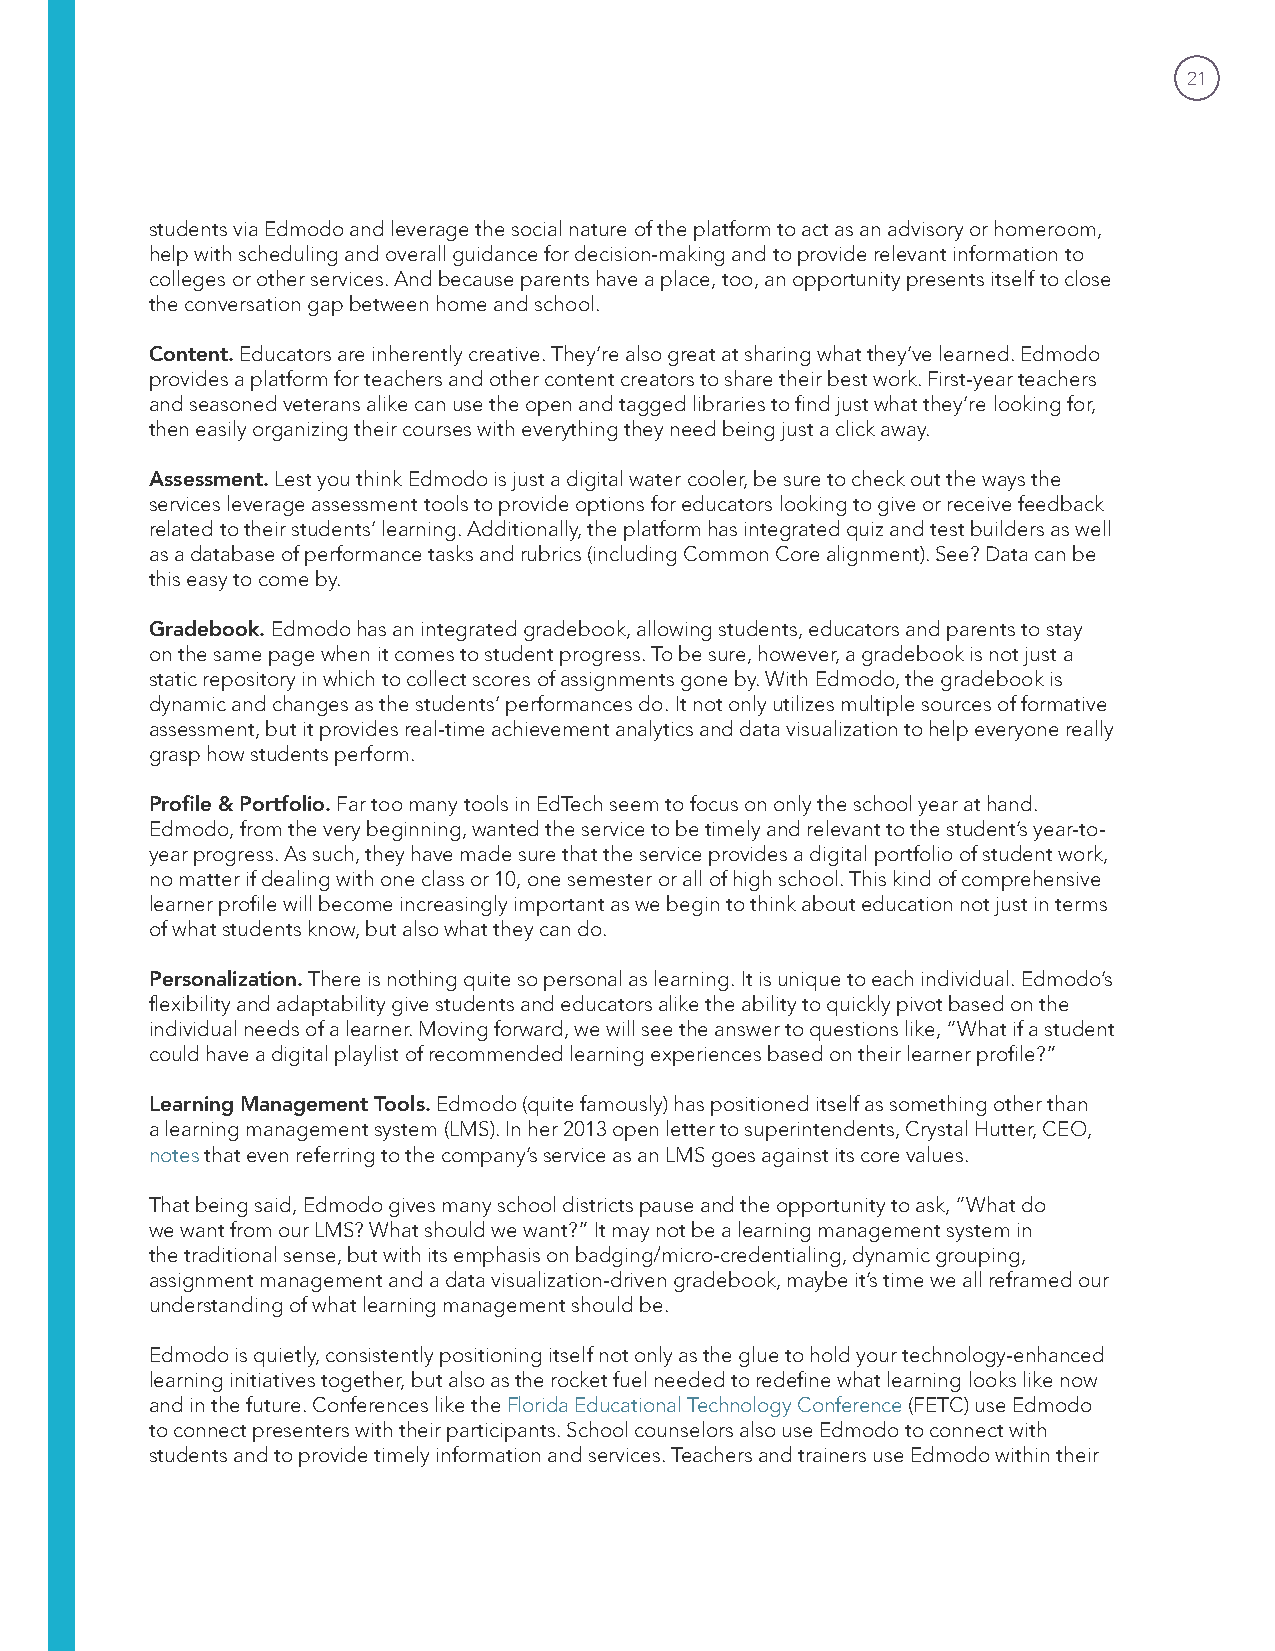
21
 students via Edmodo and leverage the social nature of the platform to act as an advisory or homeroom,
 help with scheduling and overall guidance for decision-making and to provide relevant information to
 colleges or other services. And because parents have a place, too, an opportunity presents itself to close
 the conversation gap between home and school.
 Content. Educators are inherently creative. They’re also great at sharing what they’ve learned. Edmodo
 provides a platform for teachers and other content creators to share their best work. First-year teachers
 and seasoned veterans alike can use the open and tagged libraries to find just what they’re looking for,
 then easily organizing their courses with everything they need being just a click away.
 Assessment. Lest you think Edmodo is just a digital water cooler, be sure to check out the ways the
 services leverage assessment tools to provide options for educators looking to give or receive feedback
 related to their students’ learning. Additionally, the platform has integrated quiz and test builders as well
 as a database of performance tasks and rubrics (including Common Core alignment). See? Data can be
 this easy to come by.
 Gradebook. Edmodo has an integrated gradebook, allowing students, educators and parents to stay
 on the same page when it comes to student progress. To be sure, however, a gradebook is not just a
 static repository in which to collect scores of assignments gone by. With Edmodo, the gradebook is
 dynamic and changes as the students’ performances do. It not only utilizes multiple sources of formative
 assessment, but it provides real-time achievement analytics and data visualization to help everyone really
 grasp how students perform.
 Profile & Portfolio. Far too many tools in EdTech seem to focus on only the school year at hand.
 Edmodo, from the very beginning, wanted the service to be timely and relevant to the student’s year-to-
 year progress. As such, they have made sure that the service provides a digital portfolio of student work,
 no matter if dealing with one class or 10, one semester or all of high school. This kind of comprehensive
 learner profile will become increasingly important as we begin to think about education not just in terms
 of what students know, but also what they can do.
 Personalization. There is nothing quite so personal as learning. It is unique to each individual. Edmodo’s
 flexibility and adaptability give students and educators alike the ability to quickly pivot based on the
 individual needs of a learner. Moving forward, we will see the answer to questions like, “What if a student
 could have a digital playlist of recommended learning experiences based on their learner profile?”
 Learning Management Tools. Edmodo (quite famously) has positioned itself as something other than
 a learning management system (LMS). In her 2013 open letter to superintendents, Crystal Hutter, CEO,
 notes that even referring to the company’s service as an LMS goes against its core values.
 That being said, Edmodo gives many school districts pause and the opportunity to ask, “What do
 we want from our LMS? What should we want?” It may not be a learning management system in
 the traditional sense, but with its emphasis on badging/micro-credentialing, dynamic grouping,
 assignment management and a data visualization-driven gradebook, maybe it’s time we all reframed our
 understanding of what learning management should be.
 Edmodo is quietly, consistently positioning itself not only as the glue to hold your technology-enhanced
 learning initiatives together, but also as the rocket fuel needed to redefine what learning looks like now
 and in the future. Conferences like the Florida Educational Technology Conference (FETC) use Edmodo
 to connect presenters with their participants. School counselors also use Edmodo to connect with
 students and to provide timely information and services. Teachers and trainers use Edmodo within their